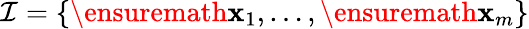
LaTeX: \mathcal{I}=\left\lbrace\ensuremath{\mathbf{x}}_{1},\dots,\ensuremath{\mathbf{x}}_{m}\right\rbrace